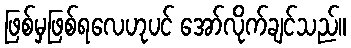
ဖြစ်မှဖြစ်ရလေဟုပင် အော်လိုက်ချင်သည်။